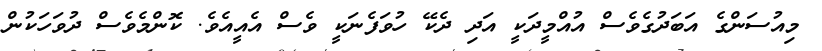
މިއުސަންގެ އަބަދުގެވެސް އުއްމީދަކީ އަދި ދެކޭ ހުވަފެނަކީ ވެސް އެއީއެވެ. ކޮންމެވެސް ދުވަހަކުން